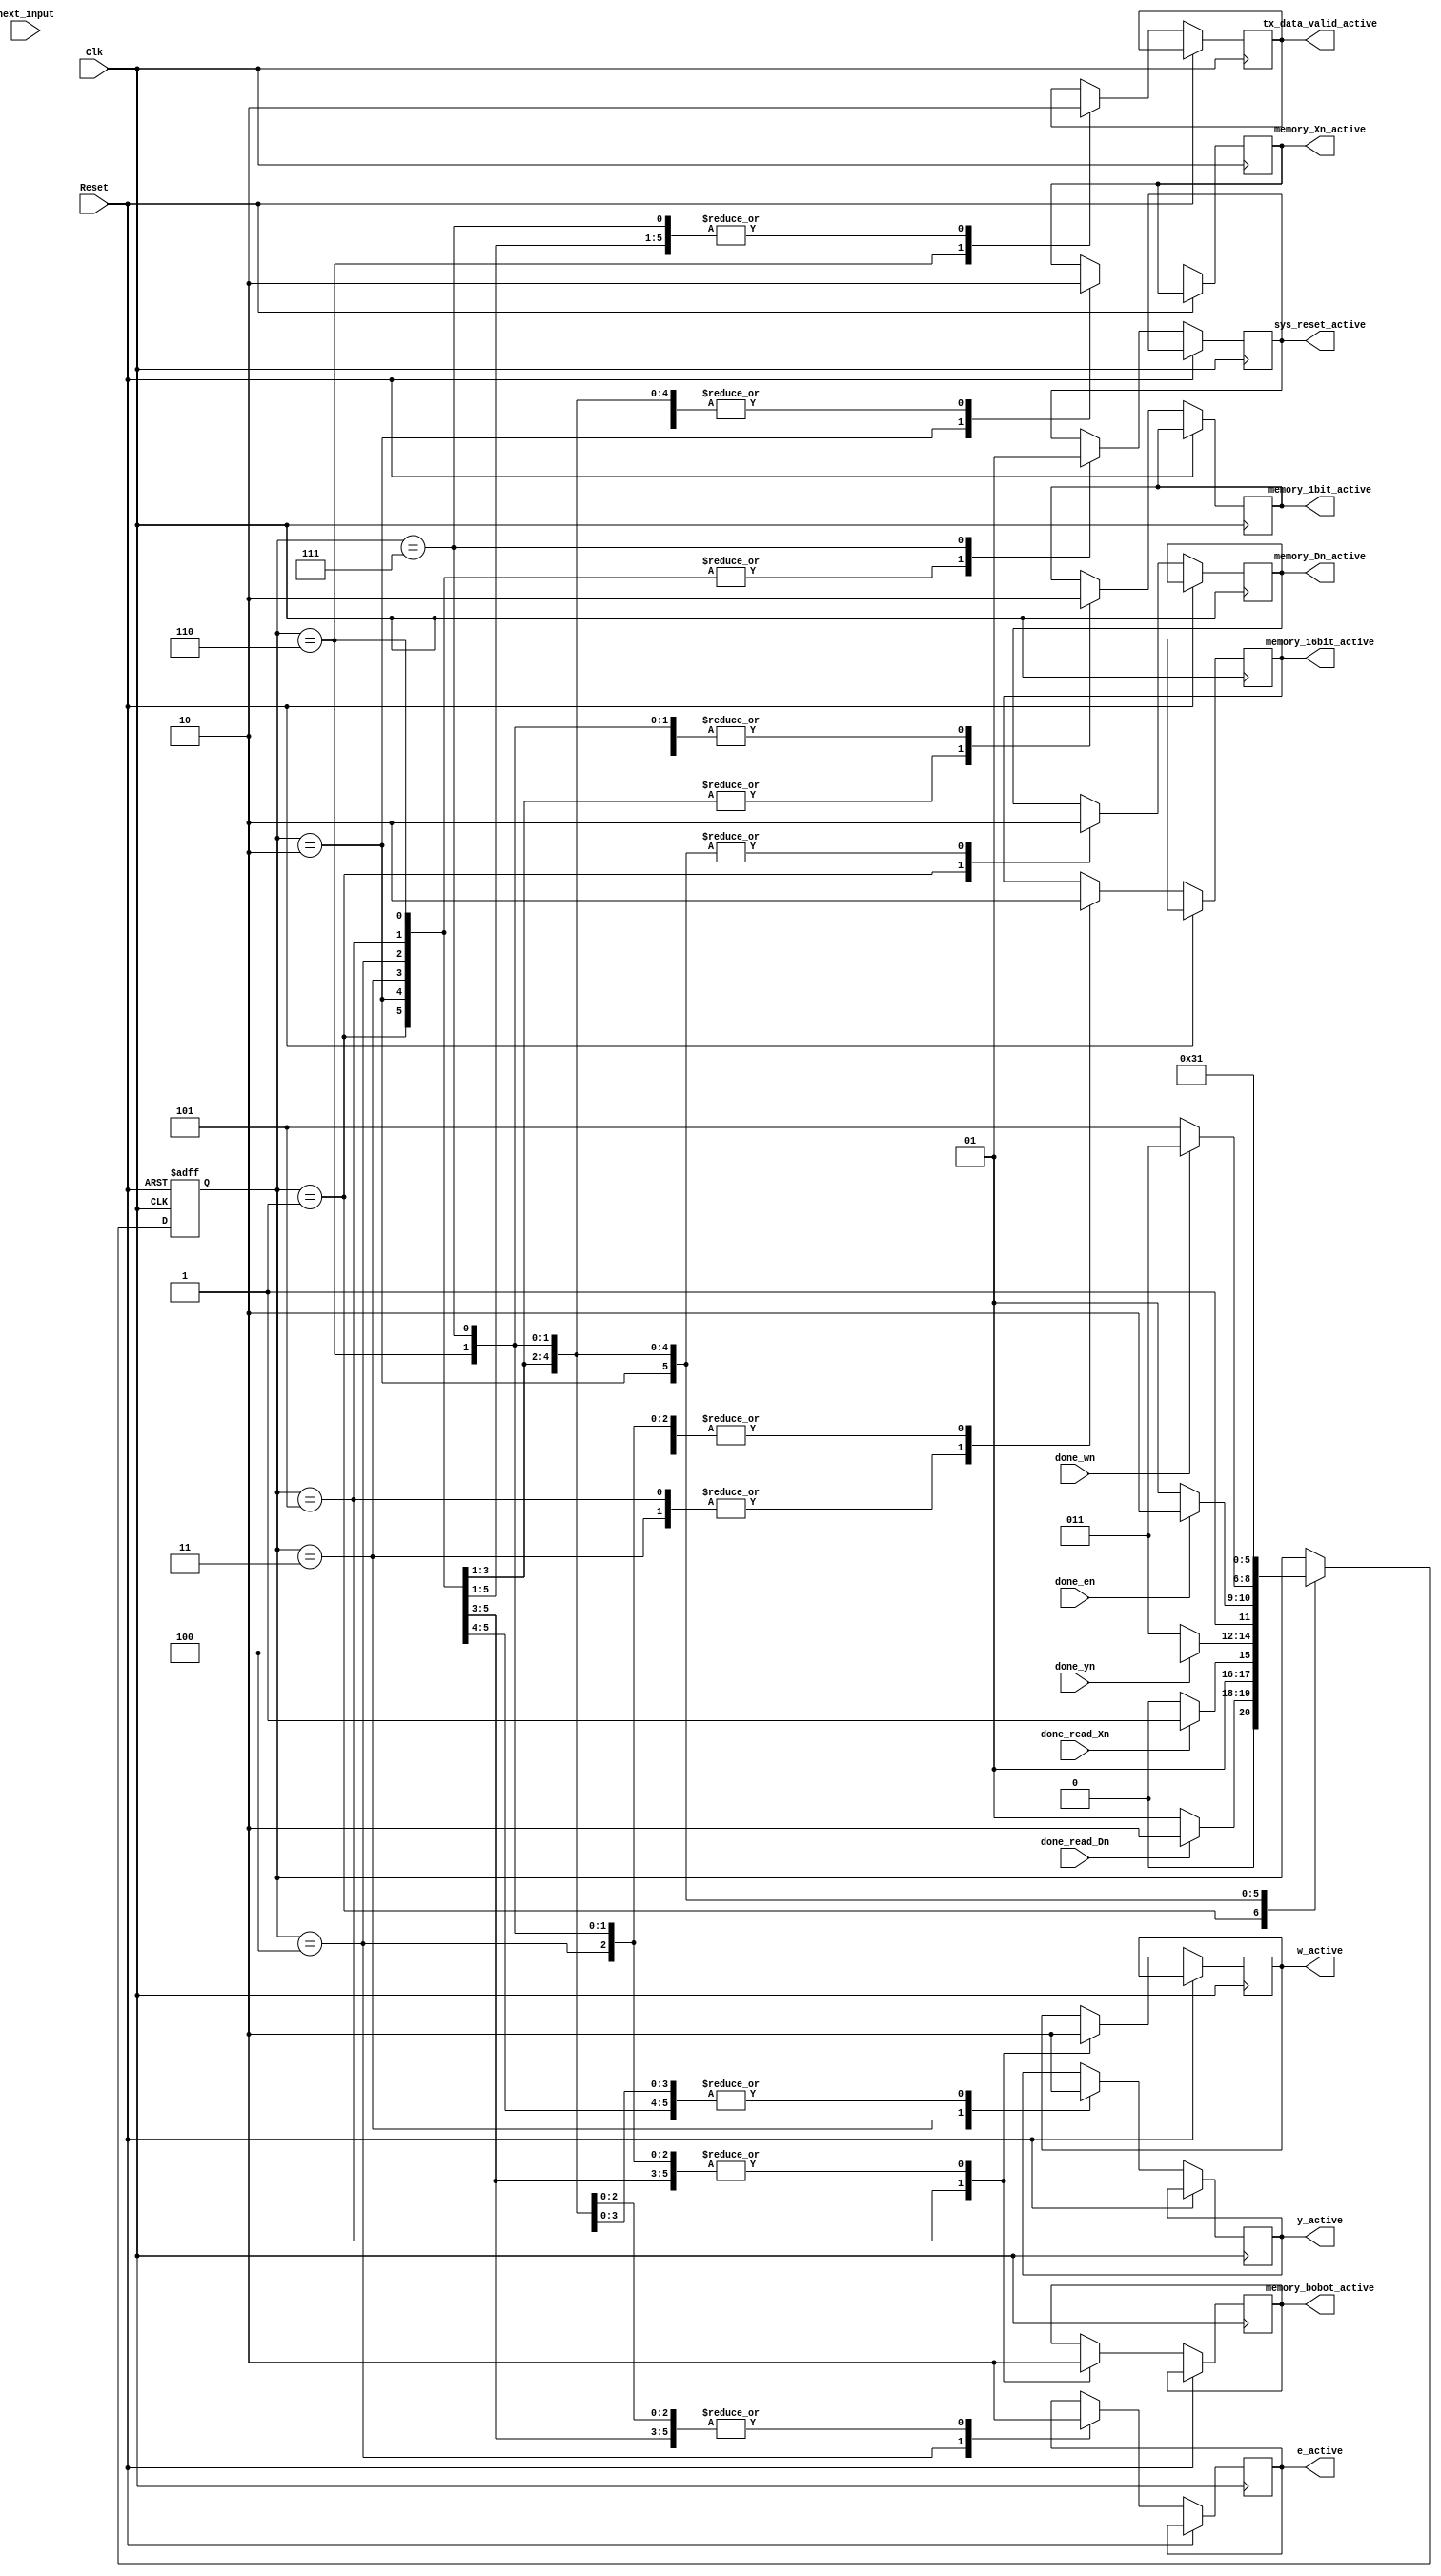
module CONTROL_UNIT (
  input Clk,
  input Reset,
  input done_read_Dn,
  input done_read_Xn,
  input done_yn,
  input done_en,
  input done_wn,
  input next_input,
  output memory_Dn_active,
  output memory_Xn_active,
  output memory_bobot_active,
  output memory_16bit_active,
  output memory_1bit_active,
  output y_active,
  output e_active,
  output w_active,
  output tx_data_valid_active,
  output sys_reset_active
);

  reg [2:0] state;

  always @(posedge Clk or posedge Reset) begin
    if (Reset) begin
      state <= 3'b111;
    end else if (Clk) begin
      case (state)
        3'b001:
          begin
            memory_Dn_active <= 1'b1;
            memory_Xn_active <= 1'b0;
            memory_bobot_active <= 1'b0;
            memory_16bit_active <= 1'b0;
            memory_1bit_active <= 1'b0;
            y_active <= 1'b0;
            e_active <= 1'b0;
            w_active <= 1'b0;
            tx_data_valid_active <= 1'b0;
            sys_reset_active <= 1'b0;
            if (done_read_Dn)
              state <= 3'b010;
            else
              state <= 3'b001;
          end
        3'b010:
          begin
            memory_Dn_active <= 1'b0;
            memory_Xn_active <= 1'b1;
            memory_bobot_active <= 1'b0;
            memory_16bit_active <= 1'b0;
            memory_1bit_active <= 1'b0;
            y_active <= 1'b0;
            e_active <= 1'b0;
            w_active <= 1'b0;
            tx_data_valid_active <= 1'b0;
            sys_reset_active <= 1'b0;
            if (done_read_Xn)
              state <= 3'b011;
            else
              state <= 3'b010;
          end
        3'b011:
          begin
            memory_Dn_active <= 1'b0;
            memory_Xn_active <= 1'b0;
            memory_bobot_active <= 1'b0;
            memory_16bit_active <= 1'b1;
            memory_1bit_active <= 1'b1;
            y_active <= 1'b1;
            e_active <= 1'b0;
            w_active <= 1'b0;
            tx_data_valid_active <= 1'b0;
            sys_reset_active <= 1'b0;
            if (done_yn)
              state <= 3'b100;
            else
              state <= 3'b011;
          end
        3'b100:
          begin
            memory_Dn_active <= 1'b0;
            memory_Xn_active <= 1'b0;
            memory_bobot_active <= 1'b0;
            memory_16bit_active <= 1'b0;
            memory_1bit_active <= 1'b1;
            y_active <= 1'b0;
            e_active <= 1'b1;
            w_active <= 1'b0;
            tx_data_valid_active <= 1'b0;
            sys_reset_active <= 1'b0;
            if (done_en)
              state <= 3'b110;
            else
              state <= 3'b101;
          end
        3'b101:
          begin
            memory_Dn_active <= 1'b0;
            memory_Xn_active <= 1'b0;
            memory_bobot_active <= 1'b1;
            memory_16bit_active <= 1'b1;
            memory_1bit_active <= 1'b1;
            y_active <= 1'b0;
            e_active <= 1'b0;
            w_active <= 1'b1;
            tx_data_valid_active <= 1'b0;
            sys_reset_active <= 1'b0;
            if (done_wn)
              state <= 3'b011;
            else
              state <= 3'b101;
          end
        3'b110:
          begin
            memory_Dn_active <= 1'b0;
            memory_Xn_active <= 1'b0;
            memory_bobot_active <= 1'b0;
            memory_16bit_active <= 1'b0;
            memory_1bit_active <= 1'b0;
            y_active <= 1'b0;
            e_active <= 1'b0;
            w_active <= 1'b0;
            tx_data_valid_active <= 1'b1;
            sys_reset_active <= 1'b0;
            state <= 3'b110;
          end
        3'b111:
          begin
            memory_Dn_active <= 1'b0;
            memory_Xn_active <= 1'b0;
            memory_bobot_active <= 1'b0;
            memory_16bit_active <= 1'b0;
            memory_1bit_active <= 1'b0;
            y_active <= 1'b0;
            e_active <= 1'b0;
            w_active <= 1'b0;
            tx_data_valid_active <= 1'b0;
            sys_reset_active <= 1'b1;
            state <= 3'b001;
          end
      endcase
    end
  end

endmodule